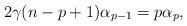
LaTeX: \begin{align*}2\gamma (n-p+1)\alpha _{p-1}=p\alpha _{p}, \end{align*}